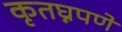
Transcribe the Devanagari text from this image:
कृतघ्नपणे